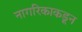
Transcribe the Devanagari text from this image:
नागरिकाकडून